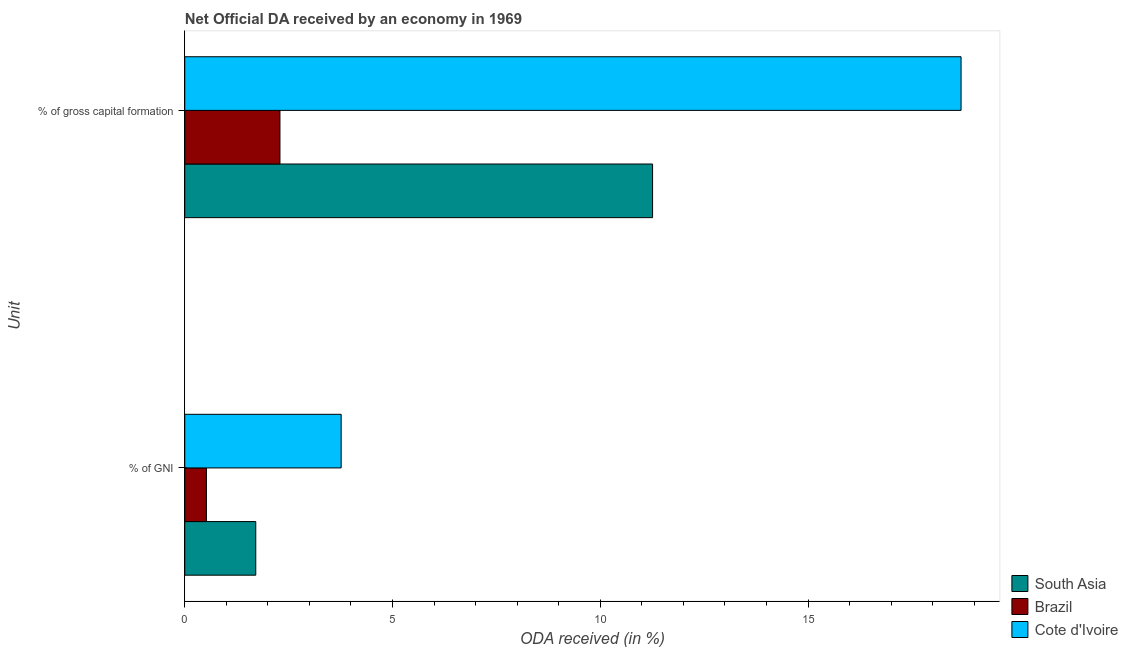
| Unit | South Asia | Brazil | Cote d'Ivoire |
 | --- | --- | --- | --- |
 | % of GNI | 1.71 | 0.522 | 3.76 |
 | % of gross capital formation | 11.3 | 2.29 | 18.7 |